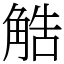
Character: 䚛